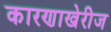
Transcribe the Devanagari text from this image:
कारणाखेरीज